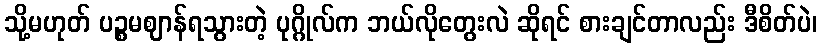
သို့မဟုတ် ပဉ္စမဈာန်ရသွားတဲ့ ပုဂ္ဂိုလ်က ဘယ်လိုတွေးလဲ ဆိုရင် စားချင်တာလည်း ဒီစိတ်ပဲ၊